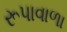
રૂપાવાળા